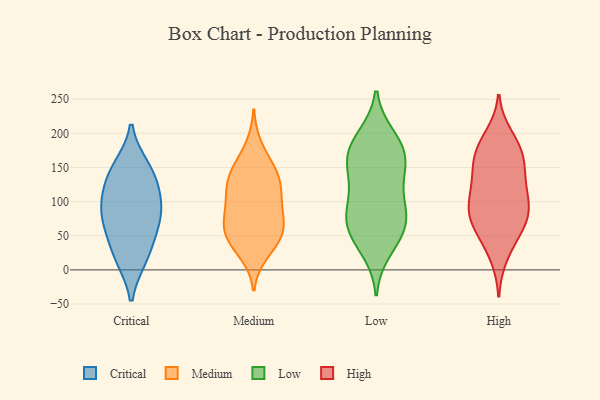
{"axis": {"x": "Revenue (USD Million)", "y": "Value"}, "legend": ["Critical", "High", "Low", "Medium"], "data": [{"x": "", "y": 150, "type": "Critical"}, {"x": "", "y": 130, "type": "Critical"}, {"x": "", "y": 96, "type": "Critical"}, {"x": "", "y": 101, "type": "Critical"}, {"x": "", "y": 20, "type": "Critical"}, {"x": "", "y": 69, "type": "Critical"}, {"x": "", "y": 82, "type": "Critical"}, {"x": "", "y": 18, "type": "Critical"}, {"x": "", "y": 56, "type": "Critical"}, {"x": "", "y": 143, "type": "Critical"}, {"x": "", "y": 111, "type": "Medium"}, {"x": "", "y": 116, "type": "Medium"}, {"x": "", "y": 110, "type": "Medium"}, {"x": "", "y": 139, "type": "Medium"}, {"x": "", "y": 181, "type": "Medium"}, {"x": "", "y": 81, "type": "Medium"}, {"x": "", "y": 42, "type": "Medium"}, {"x": "", "y": 152, "type": "Medium"}, {"x": "", "y": 63, "type": "Medium"}, {"x": "", "y": 141, "type": "Medium"}, {"x": "", "y": 105, "type": "Medium"}, {"x": "", "y": 50, "type": "Medium"}, {"x": "", "y": 70, "type": "Medium"}, {"x": "", "y": 35, "type": "Medium"}, {"x": "", "y": 60, "type": "Medium"}, {"x": "", "y": 24, "type": "Medium"}, {"x": "", "y": 142, "type": "Medium"}, {"x": "", "y": 70, "type": "Medium"}, {"x": "", "y": 194, "type": "Low"}, {"x": "", "y": 85, "type": "Low"}, {"x": "", "y": 178, "type": "Low"}, {"x": "", "y": 141, "type": "Low"}, {"x": "", "y": 83, "type": "Low"}, {"x": "", "y": 86, "type": "Low"}, {"x": "", "y": 51, "type": "Low"}, {"x": "", "y": 173, "type": "Low"}, {"x": "", "y": 124, "type": "Low"}, {"x": "", "y": 196, "type": "Low"}, {"x": "", "y": 63, "type": "Low"}, {"x": "", "y": 28, "type": "Low"}, {"x": "", "y": 165, "type": "Low"}, {"x": "", "y": 45, "type": "Low"}, {"x": "", "y": 151, "type": "Low"}, {"x": "", "y": 155, "type": "Low"}, {"x": "", "y": 65, "type": "Low"}, {"x": "", "y": 101, "type": "Low"}, {"x": "", "y": 81, "type": "High"}, {"x": "", "y": 116, "type": "High"}, {"x": "", "y": 178, "type": "High"}, {"x": "", "y": 77, "type": "High"}, {"x": "", "y": 105, "type": "High"}, {"x": "", "y": 61, "type": "High"}, {"x": "", "y": 196, "type": "High"}, {"x": "", "y": 68, "type": "High"}, {"x": "", "y": 159, "type": "High"}, {"x": "", "y": 153, "type": "High"}, {"x": "", "y": 97, "type": "High"}, {"x": "", "y": 21, "type": "High"}, {"x": "", "y": 172, "type": "High"}, {"x": "", "y": 76, "type": "High"}, {"x": "", "y": 101, "type": "High"}, {"x": "", "y": 41, "type": "High"}, {"x": "", "y": 139, "type": "High"}, {"x": "", "y": 183, "type": "High"}, {"x": "", "y": 136, "type": "High"}]}